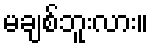
မချစ်ဘူးလား။